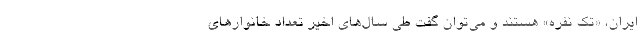
ایران، «تک نفره» هستند و می‌توان گفت طی سال‌های اخیر تعداد خانوارهای